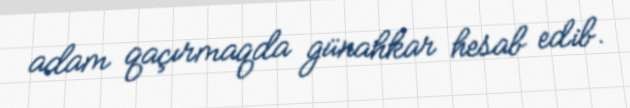
adam qaçırmaqda günahkar hesab edib.